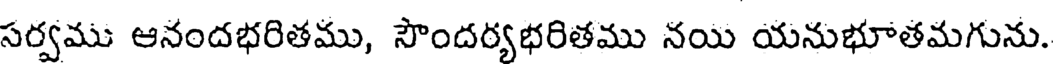
సర్వము ఆనందభరితము, సౌందర్యభరితము నయి యనుభూతమగును.